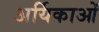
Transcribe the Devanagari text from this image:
अर्यिकाओं